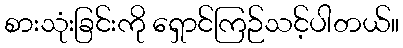
စားသုံးခြင်းကို ရှောင်ကြဉ်သင့်ပါတယ်။